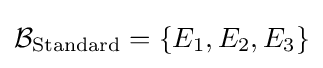
{\mathcal {B}}_{\text{Standard}}=\{E_{1},E_{2},E_{3}\}